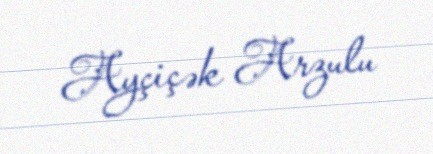
Ayçiçək Arzulu